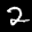
Label: 2